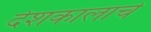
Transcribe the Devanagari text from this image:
देशकालाचे